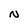
Character: N